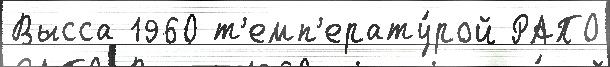
Высса 1960 т'емп'ерату́рой РАПО